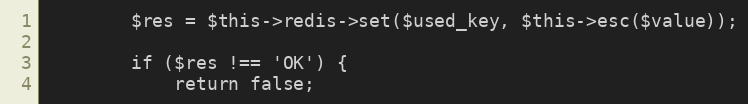
Language: PHP
        $res = $this->redis->set($used_key, $this->esc($value));

        if ($res !== 'OK') {
            return false;